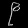
Digit: ၉